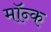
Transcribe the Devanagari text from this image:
मॉन्क